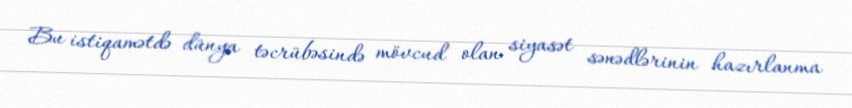
Bu istiqamətdə dünya təcrübəsində mövcud olan siyasət sənədlərinin hazırlanma